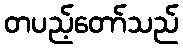
တပည့်တော်သည်